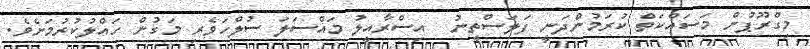
މިގްރޫޕުން މަސައްކަތް ކުރަމުންދަނީ ފަލަސްތީނު  އިސްރާއީލު މައްސަލަ ސުލްހަވެރި މަގުން ހައްލުކުރުމަށެވެ.